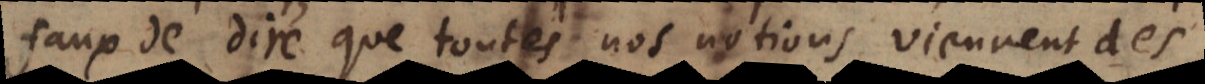
faux de dire que toutes nos notions viennent des